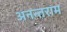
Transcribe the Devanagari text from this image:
अनन्तराम